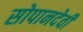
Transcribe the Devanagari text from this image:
सोपानदेवी